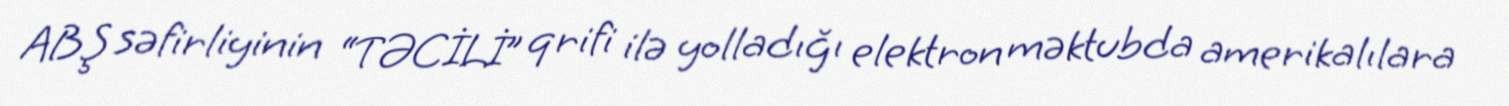
ABŞ səfirliyinin “TƏCİLİ” qrifi ilə yolladığı elektron məktubda amerikalılara